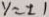
y = \pm 1